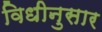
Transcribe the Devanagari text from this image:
विधीनुसार